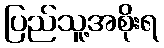
ပြည်သူ့အစိုးရ